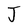
Character: J